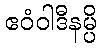
ဧဝံဝါဒီနမ္ပိ